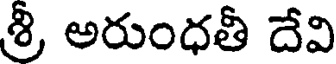
శ్రీ అరుంధతీ దేవి